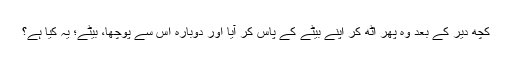
کچھ دیر کے بعد وہ پھر اُٹھ کر اپنے بیٹے کے پاس کر آیا اور دوبارہ اُس سے پوچھا، بیٹے؛ یہ کیا ہے؟